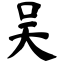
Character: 吴